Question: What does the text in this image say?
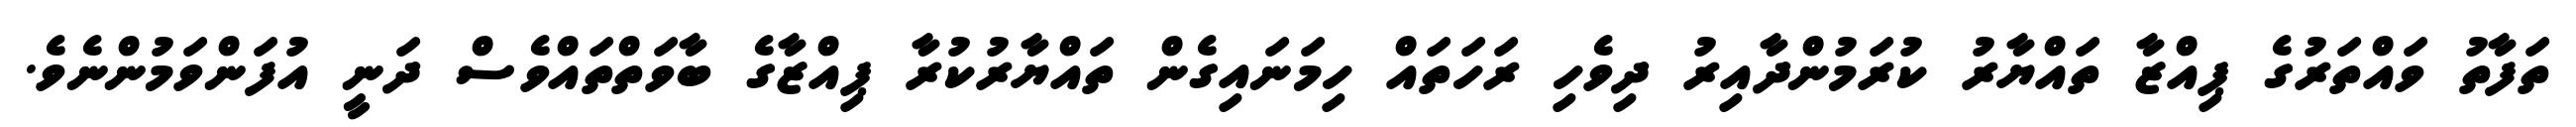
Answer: ތަފާތު ވައްތަރުގެ ޕިއްޒާ ތައްޔާރު ކުރަމުންދާއިރު ދިވެހި ރަހަތައް ހިމަނައިގެން ތައްޔާރުކުރާ ޕިއްޒާގެ ބާވަތްތައްވެސް ދަނީ އުފަންވަމުންނެވެ.